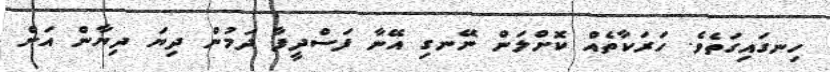
ހިނގައިގަތެވެ. ހަރަކާތެއް ކޮށްލަން ނޭނގި އޭނާ ފަސްދީފާ ދަމުން ދިޔަ ދިޔާން އަށް